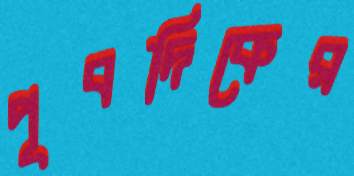
পূবদিকের